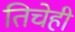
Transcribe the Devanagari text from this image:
तिचेही